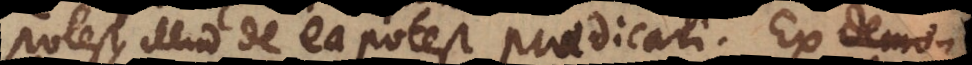
potest, illud de ea potest praedicari. Ex demon